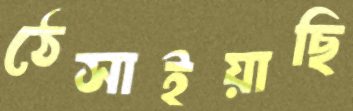
ঠেসাইয়াছি